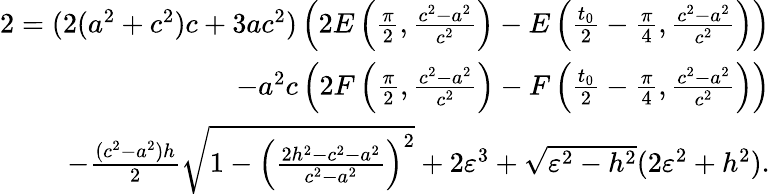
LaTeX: \begin{array}{r}{2=(2(a^{2}+c^{2})c+3ac^{2})\left(2E\left({\frac{\pi}{2}},{\frac{c^{2}-a^{2}}{c^{2}}}\right)-E\left(\frac{t_{0}}{2}-\frac{\pi}{4},{\frac{c^{2}-a^{2}}{c^{2}}}\right)\right)}\\ {-a^{2}c\left(2F\left({\frac{\pi}{2}},{\frac{c^{2}-a^{2}}{c^{2}}}\right)-F\left(\frac{t_{0}}{2}-\frac{\pi}{4},{\frac{c^{2}-a^{2}}{c^{2}}}\right)\right)}\\ {-\frac{(c^{2}-a^{2})h}{2}\sqrt{1-\left(\frac{2h^{2}-c^{2}-a^{2}}{c^{2}-a^{2}}\right)^{2}}+2\varepsilon^{3}+\sqrt{\varepsilon^{2}-h^{2}}(2\varepsilon^{2}+h^{2}).}\end{array}